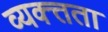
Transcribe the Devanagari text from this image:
व्यक्त्तता